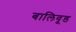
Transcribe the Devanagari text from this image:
बालिवूड